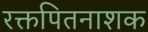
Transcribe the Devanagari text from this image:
रक्तपितनाशक